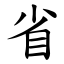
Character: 省